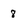
Character: 8